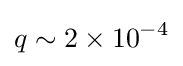
q\sim 2\times 10^{-4}